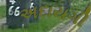
અદાયગી